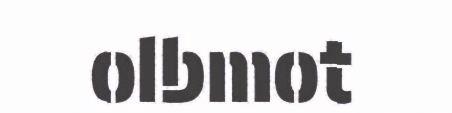
olbmot